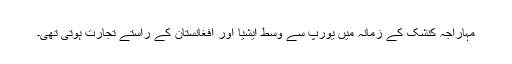
مہاراجہ کنشک کے زمانہ میں یورپ سے وسط ایشیا اور افغانستان کے راستے تجارت ہوتی تھی۔